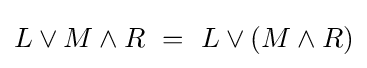
L\lor M\land R~=~L\lor (M\land R)